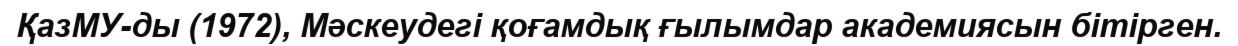
ҚазМУ-ды (1972), Мәскеудегі қоғамдық ғылымдар академиясын бітірген.